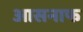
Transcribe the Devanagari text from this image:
आसनाफ